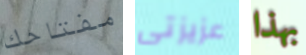
مفتاحك عزيزتى بهذا